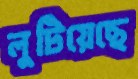
লুটিয়েছে